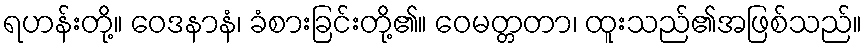
ရဟန်းတို့။ ဝေဒနာနံ၊ ခံစားခြင်းတို့၏။ ဝေမတ္တတာ၊ ထူးသည်၏အဖြစ်သည်။